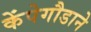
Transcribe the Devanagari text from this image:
केंपेगौडाने